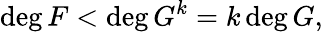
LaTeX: \deg F<\deg G^{k}=k\deg G,